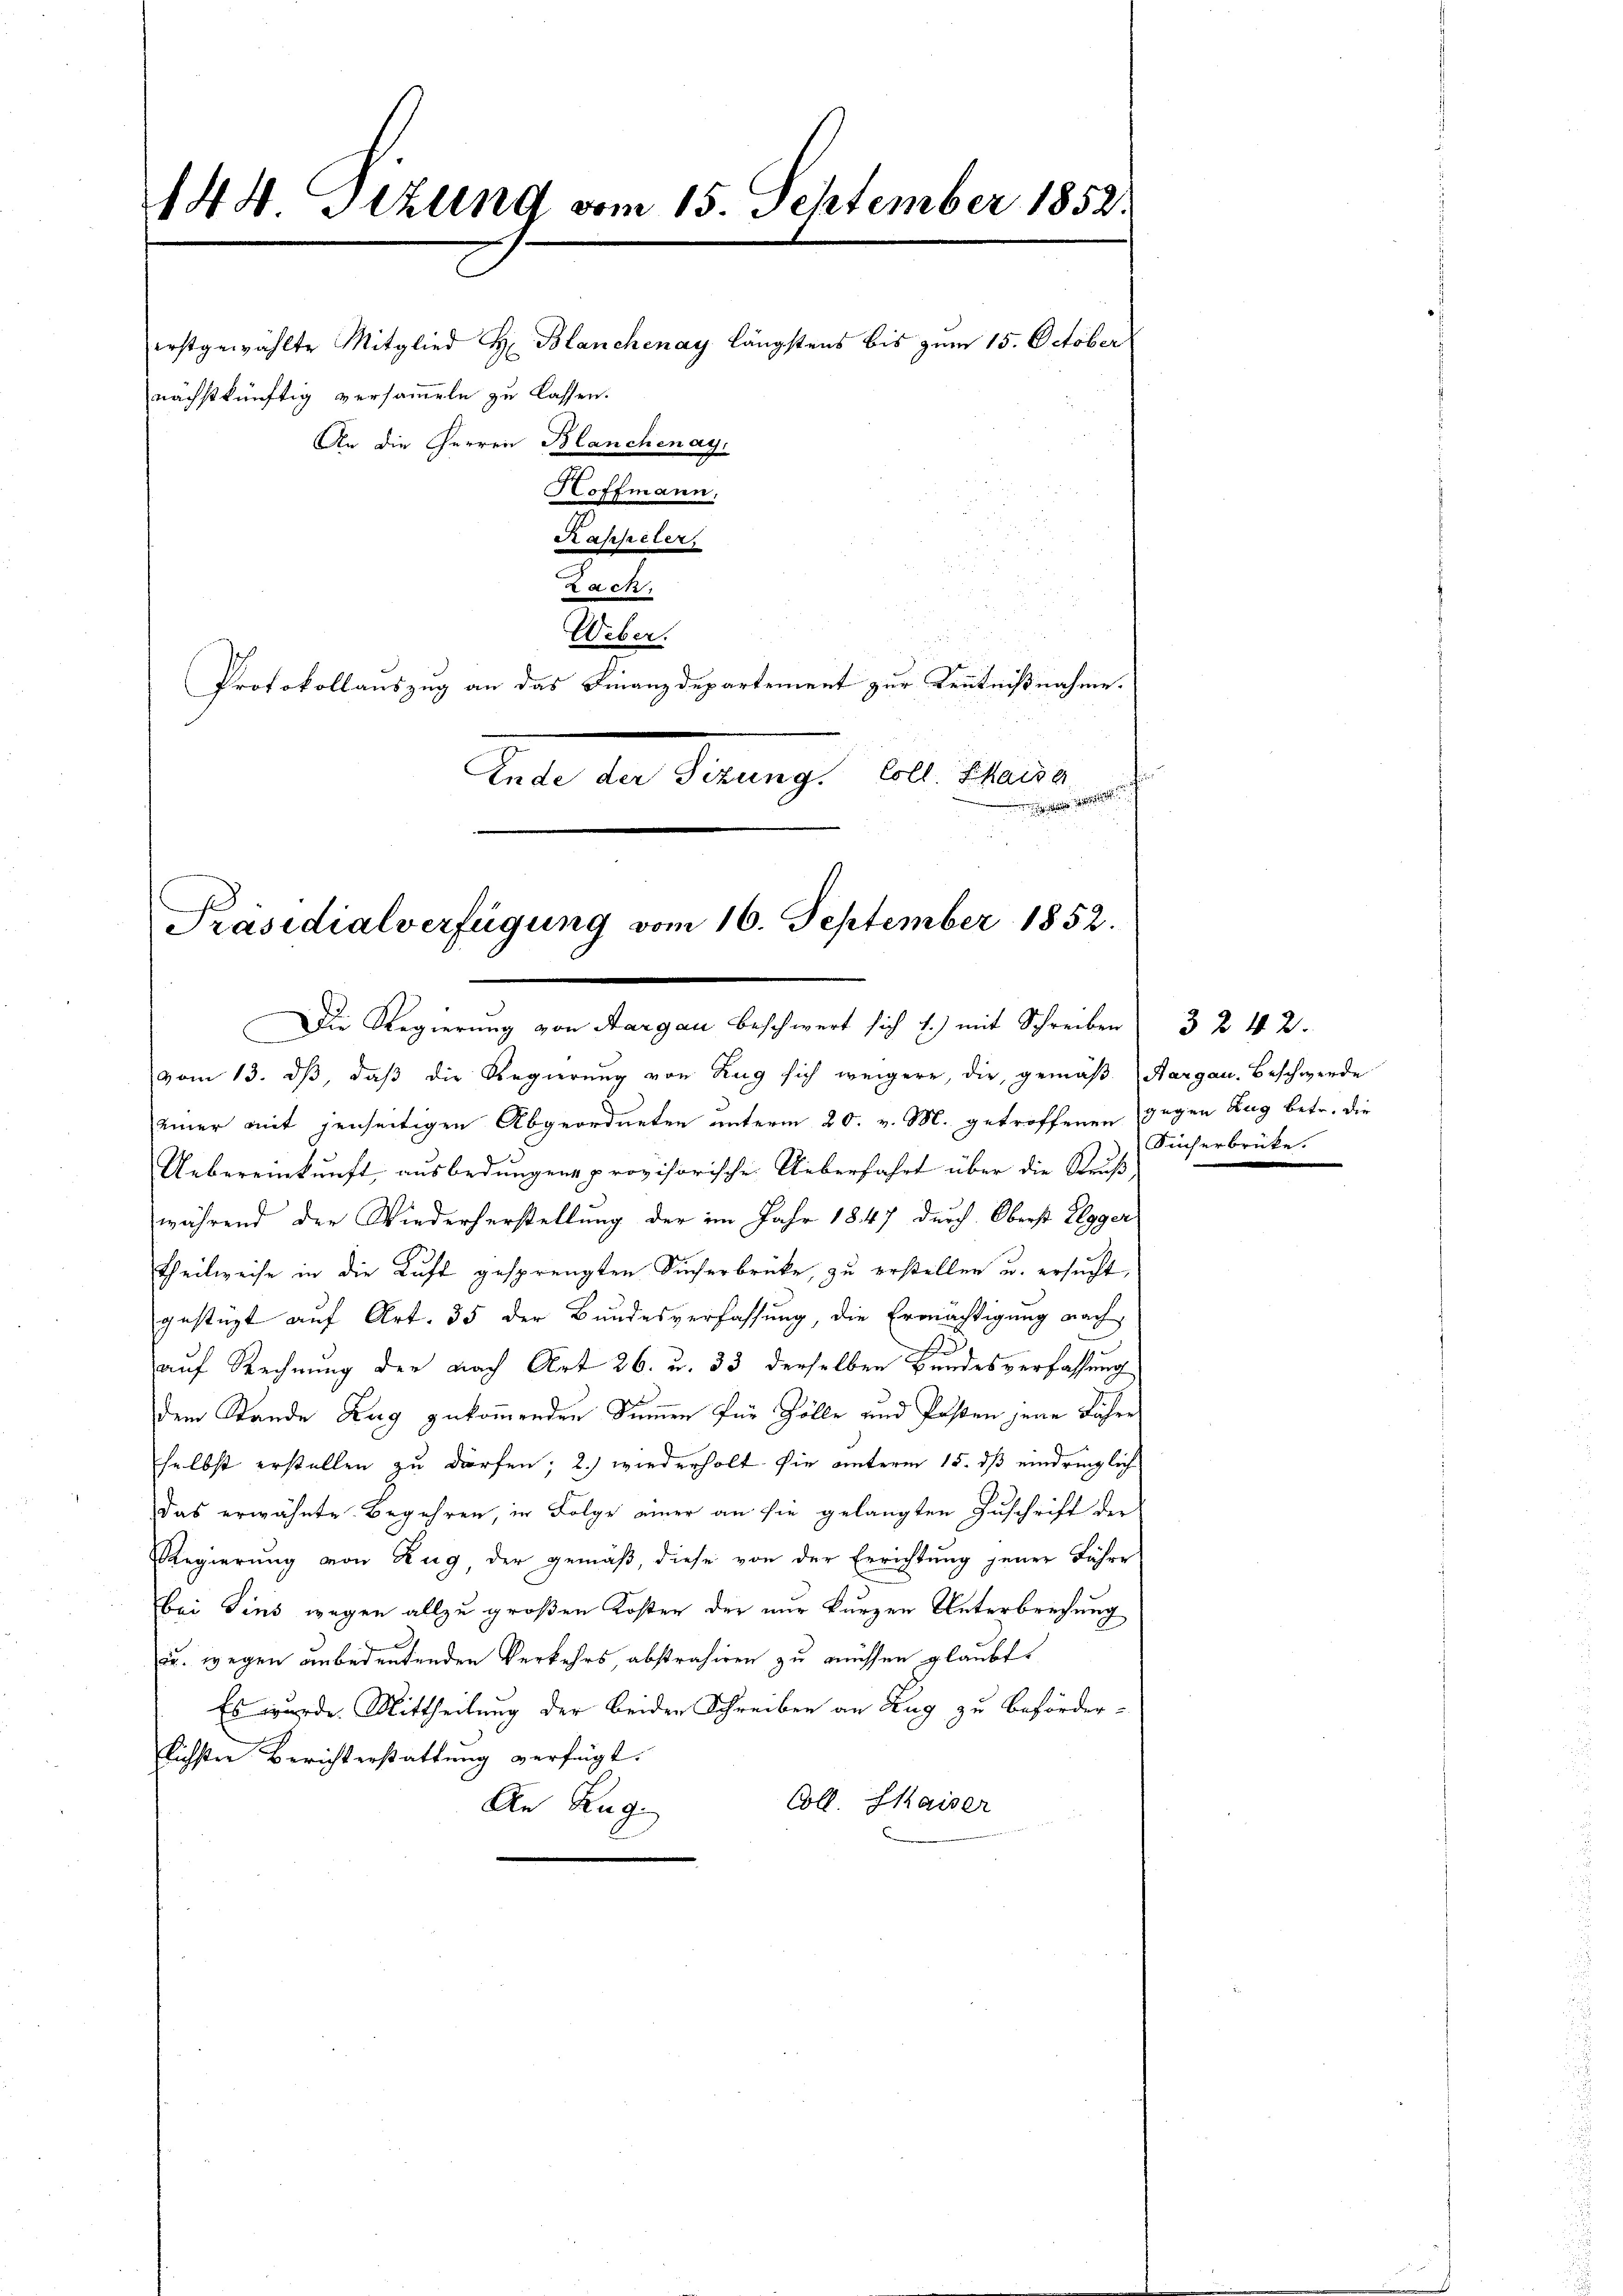
144. Tizung vom 15. September 1852.
erstgewählte Mitglied H Blanchenay längstens bis zum 15. October
An die Herren Blanchenay,
Hoffmann.
Kasseler.
Lack
Weber.

nächstkünftig versammeln zu lassen.

Protokollauszug an das Finanzdepartement zur Kenntnißnahme.
Ende der Sizung. Coll. Kaise
 . . . .

Präsidialverfügung vom 16. September 1852.
Die Regierung von Aargau beschwert sich f.) mit Schreiben 3 2 42.

vom 13. dβ, daß die Regierung von Zug sich weigere, die gemäβ Aargau. Beschwerde
einer mit jenseitigen Abgeordneten unterm 20. v. M. getroffenen gegen Zug betr. die
Uebereinkunft, ausbedungen provisorische Ueberfahrt über die Struß,
während der Wiederherstellung der im Jahr 1847 durch Oberst Elgger
Theilweise in die Luft gesprengten Sicherbrücke, zu erstellen u. ersucht,
gestüzt auf Art. 35 der Bundesverfassung, die Ermächtigung nach
auf Rechnung der nach Art 26. u. 33 derselben Bundesverfassung
dem Stande Zug zukommenden Summen für Zölle und Posten jene Jahres
selbst erstellen zu dürfen; 2) wiederholt sie unterm 15. dß eindringlich
Das erwähnte Begehren, in Folge einer an sie gelangten Zuschrift der
Regierung von Zug, der gemäß, diese von der Errichtung jener Fähre
bei Zins wegen allzu großen Kosten der nur kurzen Unterbrechung
uu. wegen unbedeutenden Verkehrs, abstrahiren zu müssen glaubt,
Es wurde. Mittheilung der beiden Schreiben an Zug zu Beförderlichsten Berichterstattung verfügt:
Coll. Kaiser
An Zug.

Sücherbrücke.